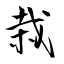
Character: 栽